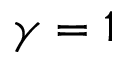
\gamma = 1